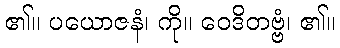
၏။ ပယောဇနံ၊ ကို။ ဝေဒိတဗ္ဗံ၊ ၏။